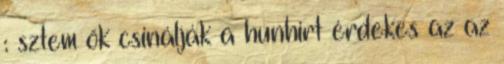
: sztem ők csinálják a hunhirt érdekes az az